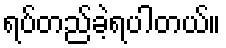
ရပ်တည်ခဲ့ရပါတယ်။